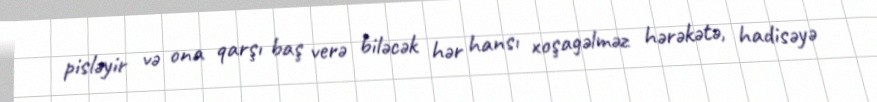
pisləyir və ona qarşı baş verə biləcək hər hansı xoşagəlməz hərəkətə, hadisəyə